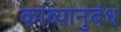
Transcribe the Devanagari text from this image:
काव्यानुबंध